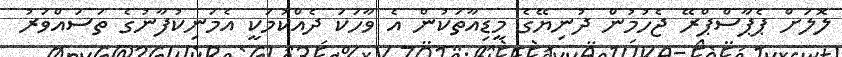
ލޮލަށް ޕެޕާސްޕްރޭ ޖެހުމުން ދުނިޔޭގެ މީޑިއާތަކުން އެ ވާހަކަ ދެއްކުމަކީ އެމަނިކުފާނުގެ ތަސައްވަރު